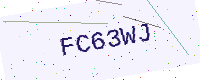
Text: FC63WJ